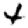
Digit: 4